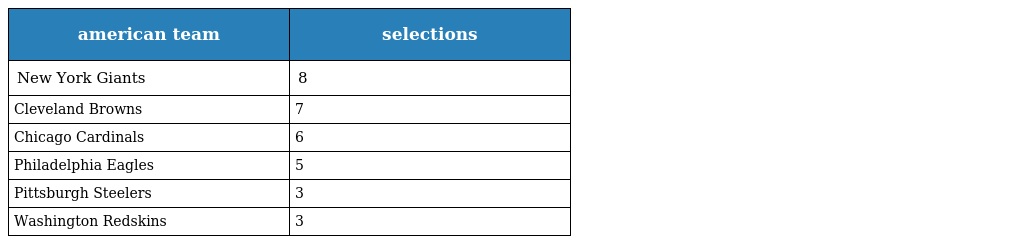
| american team | selections |
 | --- | --- |
 | New York Giants | 8 |
 | Cleveland Browns | 7 |
 | Chicago Cardinals | 6 |
 | Philadelphia Eagles | 5 |
 | Pittsburgh Steelers | 3 |
 | Washington Redskins | 3 |